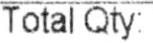
TOTAL QTY: